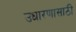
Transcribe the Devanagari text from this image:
उधारणासाठी